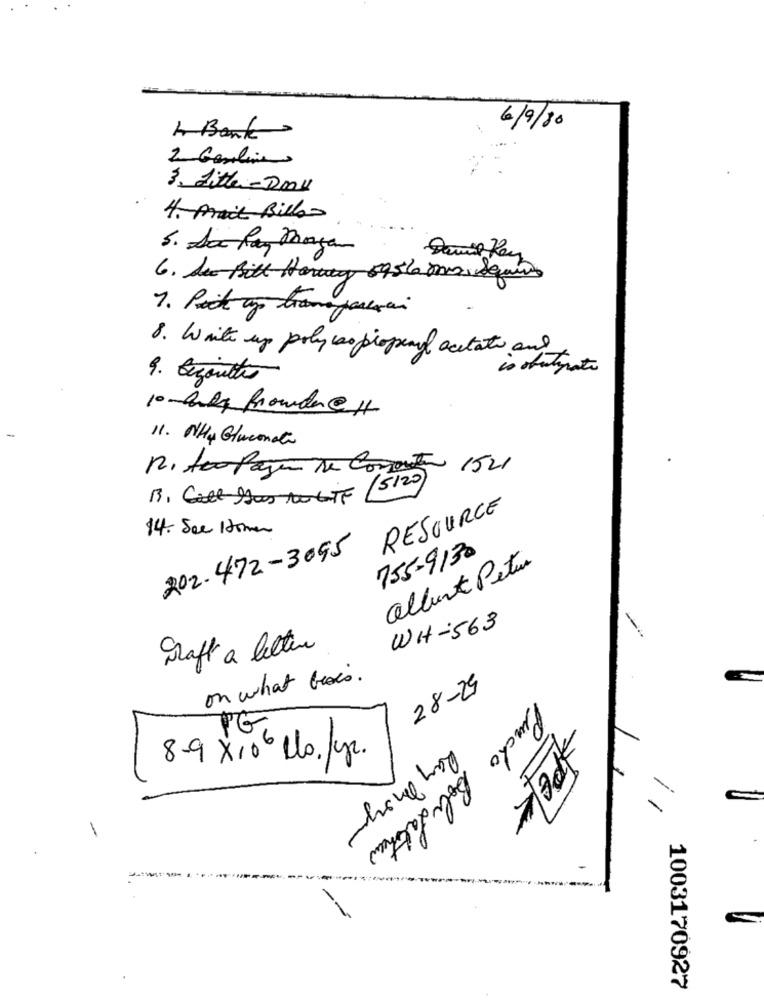
6/9/80
A Bank
2 Gasolin
3. Litter-Dal
4. Prace Bill
5. Sa Pan magen
Damit Key
6. Du Bitt Herweg 59565mr. Squires
7. Pick up transportar
8. Write up poly iso proprayl acetate and
is obutparte
9. Bezonthe
10-July Browder@11
-
11. NH4 Gluconate
p. too Pago De Composto 1521
15120
RESOURCE
14. See 10man
202-472-3095
755-9130
Colbert Peter
WH-563
Graft a letter
on what basis .
28-29
PG.
8-9 x106 lo.fyr.
PEL
€
Ray Amore
-
Pincho Boli Latonen
--
1003170927